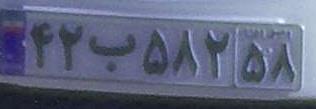
۴۲ب۵۸۲۵۸